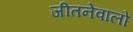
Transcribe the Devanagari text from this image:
जीतनेवालों